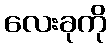
လေးခုကို